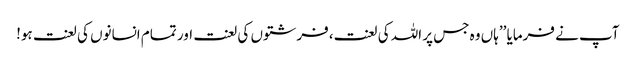
آپ نے فرمایا ’’ہاں وہ جس پر اللہ کی لعنت،فرشتوں کی لعنت اور تمام انسانوں کی لعنت ہو!